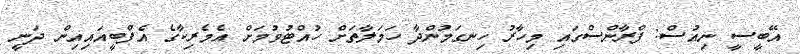
އޭބީސީ ނިއުސް: ފްރާންސްގައި މިހާރު ހިނގަމުންދާ ހަމަލާތަށް ހުއްޓުވުމަށް އެމެރިކާގެ އެފްބީއައިއިން ދަނީ